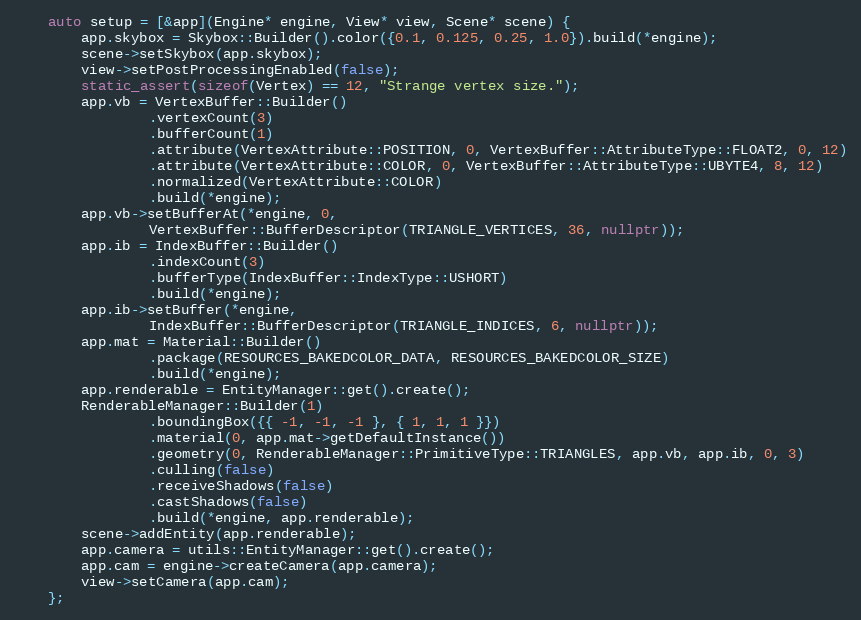
Language: C++
    auto setup = [&app](Engine* engine, View* view, Scene* scene) {
        app.skybox = Skybox::Builder().color({0.1, 0.125, 0.25, 1.0}).build(*engine);
        scene->setSkybox(app.skybox);
        view->setPostProcessingEnabled(false);
        static_assert(sizeof(Vertex) == 12, "Strange vertex size.");
        app.vb = VertexBuffer::Builder()
                .vertexCount(3)
                .bufferCount(1)
                .attribute(VertexAttribute::POSITION, 0, VertexBuffer::AttributeType::FLOAT2, 0, 12)
                .attribute(VertexAttribute::COLOR, 0, VertexBuffer::AttributeType::UBYTE4, 8, 12)
                .normalized(VertexAttribute::COLOR)
                .build(*engine);
        app.vb->setBufferAt(*engine, 0,
                VertexBuffer::BufferDescriptor(TRIANGLE_VERTICES, 36, nullptr));
        app.ib = IndexBuffer::Builder()
                .indexCount(3)
                .bufferType(IndexBuffer::IndexType::USHORT)
                .build(*engine);
        app.ib->setBuffer(*engine,
                IndexBuffer::BufferDescriptor(TRIANGLE_INDICES, 6, nullptr));
        app.mat = Material::Builder()
                .package(RESOURCES_BAKEDCOLOR_DATA, RESOURCES_BAKEDCOLOR_SIZE)
                .build(*engine);
        app.renderable = EntityManager::get().create();
        RenderableManager::Builder(1)
                .boundingBox({{ -1, -1, -1 }, { 1, 1, 1 }})
                .material(0, app.mat->getDefaultInstance())
                .geometry(0, RenderableManager::PrimitiveType::TRIANGLES, app.vb, app.ib, 0, 3)
                .culling(false)
                .receiveShadows(false)
                .castShadows(false)
                .build(*engine, app.renderable);
        scene->addEntity(app.renderable);
        app.camera = utils::EntityManager::get().create();
        app.cam = engine->createCamera(app.camera);
        view->setCamera(app.cam);
    };